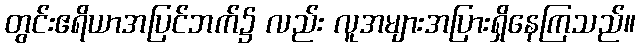
တွင်းဧရိယာအပြင်ဘက်၌ လည်း လူအများအပြားရှိနေကြသည်။